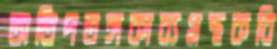
অতিপতঙ্গকাব্যগ্রন্থকবি